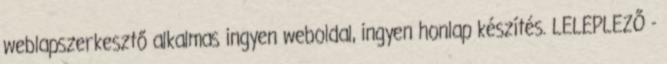
weblapszerkesztő alkalmas ingyen weboldal, ingyen honlap készítés. LELEPLEZŐ -